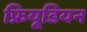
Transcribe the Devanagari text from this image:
फ्रियूडियन